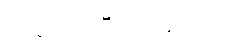
ဒါ လျှော့ပြီးသားလား။